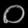
Digit: ၀